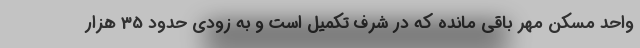
واحد مسکن مهر باقی مانده که در شرف تکمیل است و به زودی حدود 35 هزار